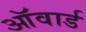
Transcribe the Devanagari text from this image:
ऑवार्ड